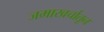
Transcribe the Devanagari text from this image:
जमाखर्चातून